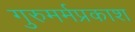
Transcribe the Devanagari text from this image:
गुरुमर्मप्रकाश